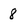
Character: 8